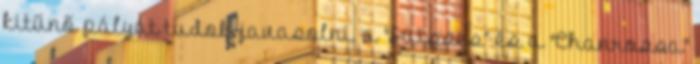
kitűnő pályát tudok javasolni, a "Suisses" és a "Chanrossa"